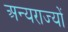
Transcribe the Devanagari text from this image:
अन्यराज्यों